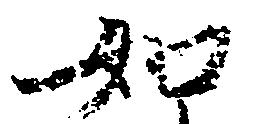
如